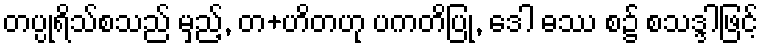
တပ္ပုရိသ်စသည် မှည့်, တ+ဟိတဟု ပကတိပြု, ဒေါ ဓဿ စ၌ စသဒ္ဒါဖြင့်